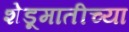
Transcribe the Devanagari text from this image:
शेडूमातीच्या